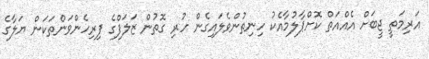
އަރިމަތީ ޖީބަށް އެއްއަތް ކޮށްޕާލުމާއެކު ހިނިތުންވެލައިގެން ހުރި ގޮތުން ޒަލަފްގެ ފިރިހެންވަންތަކަން ޔަލާގެ